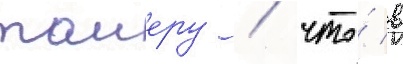
таиеру / что́ в